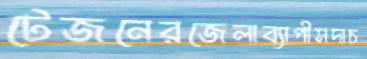
টেজনেরজেলাব্যাপীসদাচ